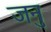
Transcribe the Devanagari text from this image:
जनु